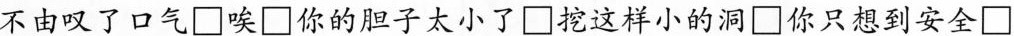
不由叹了口气\Box唉\Box你的胆子太小了\Box挖这样小的洞\Box你只想到安全\Box